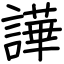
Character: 譁